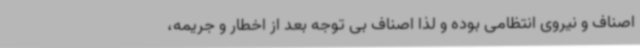
اصناف و نیروی انتظامی بوده و لذا اصناف بی توجه بعد از اخطار و جریمه،